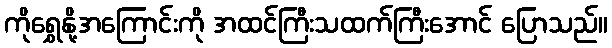
ကိုရွှေနို့အကြောင်းကို အထင်ကြီးသထက်ကြီးအောင် ပြောသည်။